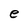
Character: e